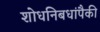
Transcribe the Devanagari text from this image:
शोधनिबधांपैकी